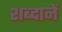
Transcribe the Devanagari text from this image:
शब्दानें